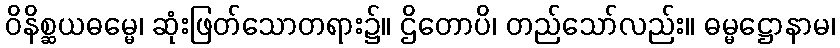
ဝိနိစ္ဆယဓမ္မေ၊ ဆုံးဖြတ်သောတရား၌။ ဌိတောပိ၊ တည်သော်လည်း။ ဓမ္မဋ္ဌောနာမ၊